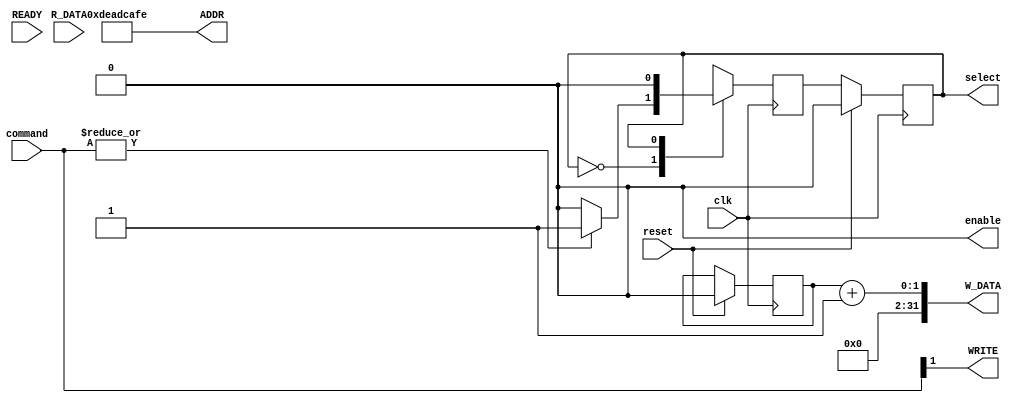
`timescale 1ns / 1ps

//APB- Advanced peripheral bus
//APB- master
// TB should drive a cmd_i input decoded as:
// 2'b00 - No-op(IDLE)
// 2'b01 - Read from address 0xDEADCAFE (SETUP)
// 2'b10 - Increment the previously read data and store it to 0xDEADCAFE(ACCESS).

module APB_master(
 input clk,
 input reset,
 input [1:0]command,
 input  [31:0]R_DATA,
 input READY,
 output select,
 output enable,
 output [31:0]ADDR,
 output WRITE,
 output [31:0]W_DATA
    );
    
    reg nxt_state;
    reg state_q;
    reg R_DATA_q;
    always @(posedge clk)
       begin
        if(reset)
          begin
            state_q <= 2'b00;
          end
       else
          begin
            state_q <= nxt_state;
          end
       end
       
       
     always @(posedge clk)
       begin
         //Cases (FSM)
         nxt_state <= state_q;
           case(state_q)
            2'b00:
               begin
                 if(|command)
                   begin
                     nxt_state <= 2'b01; //SETUP
                   end
                else
                   begin
                     nxt_state <= 2'b00;  //IDLE
                   end
               end
            2'b01: 
               begin
                 nxt_state <= 2'b10;  //ACCESS
               end
            2'b10:
                begin
                  if(READY)
                    begin
                      nxt_state <= 2'b00; //IDLE
                    end
                end
            default:nxt_state <= state_q;
           endcase
       end
       
       // Selecting Final output.
       assign select =(state_q == 2'b01)|(state_q == 2'b10);
       assign enable =(state_q == 2'b10);
       assign WRITE = command[1];
       assign ADDR = 32'hDEADCAFE;
       assign W_DATA = R_DATA_q + 32'h1;
       
       
       //Reading DATA.
       always @(posedge clk)
         begin
           if(reset)
             begin
               R_DATA_q <= 32'h0;
             end
           else 
              begin
               if(enable && READY)
                 begin
                   R_DATA_q <= R_DATA;
                 end
              end
         end
endmodule